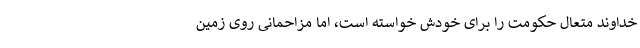
خداوند متعال حکومت را برای خودش خواسته است، اما مزاحمانی روی زمین